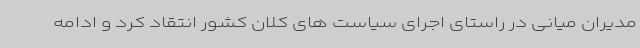
مدیران میانی در راستای اجرای سیاست های کلان کشور انتقاد کرد و ادامه